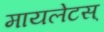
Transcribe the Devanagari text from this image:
मायलेटस्